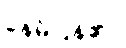
နေမိပြန်၏။